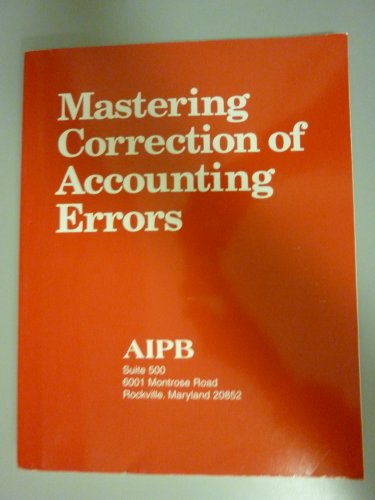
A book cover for Mastering Correction of Account Errors (Professional Bookkeeping Certification); Fettus; Business & Money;